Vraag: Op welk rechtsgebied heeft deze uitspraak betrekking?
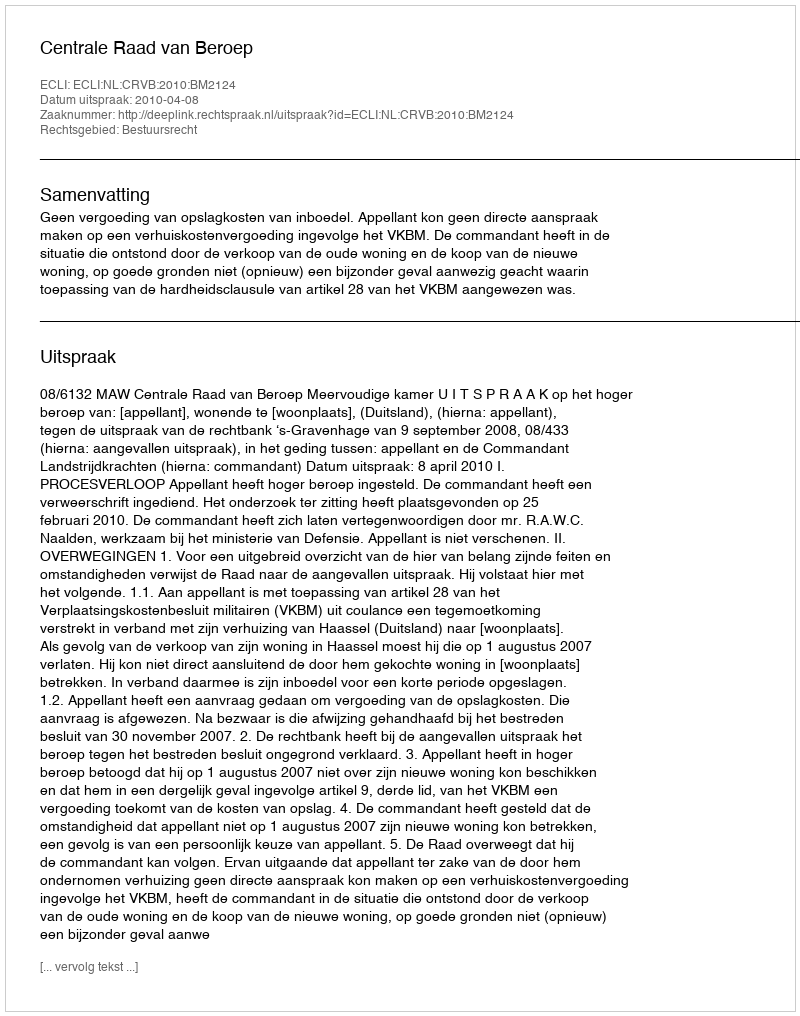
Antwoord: Bestuursrecht